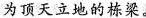
为顶天立地的栋梁。